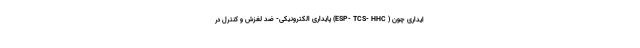
ایداری چون ( ESP- TCS- HHC) پایداری الکترونیکی- ضد لغزش و کنترل در